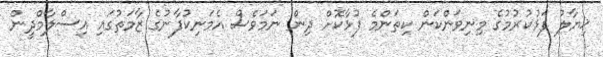
ޚިޔާލު ފަޅުކުރުމުގެ މިނިވަންކަން ކިތަންމެ ފުޅާކޮށް ދިން ނަމަވެސް އެމަނިކުފާނުގެ ޒާމަތުގައި އިސްލާމްދީން